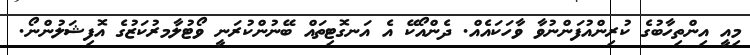
މިއީ އިންތިހާބުގެ ކުރިންއުފަންނުވާ ވާހަކައެއް. ދެންއޯކޭ އެ އަނގޮޓިތައް ބޭނުންކުރަނީ ވޯޓުލާމރުކަޒުގެ އޮފިޝަލުންނޯ.